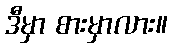
ဒီမှာ စားမှာလား။